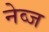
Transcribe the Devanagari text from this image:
नेव्ज